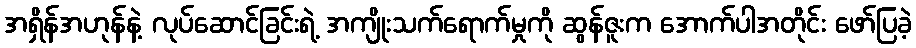
အရှိန်အဟုန်နဲ့ လုပ်ဆောင်ခြင်းရဲ့ အကျိုးသက်ရောက်မှုကို ဆွန်ဇူးက အောက်ပါအတိုင်း ဖော်ပြခဲ့